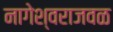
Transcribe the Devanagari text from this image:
नागेश्वराजवळ